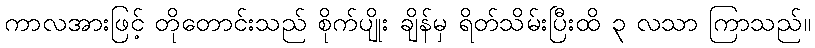
ကာလအားဖြင့် တိုတောင်းသည် စိုက်ပျိုး ချိန်မှ ရိတ်သိမ်းပြီးထိ ၃ လသာ ကြာသည်။